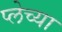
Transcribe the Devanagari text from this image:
प्लेच्या